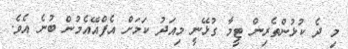
މި ދެ ކުޅުންތެރިން ޓީމާ ގުޅޭނީ މިއަދު ކަމަށް އެފްއޭއެމުން ބުނެ އެވެ.